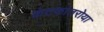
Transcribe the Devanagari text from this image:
कंटकांतरोया